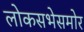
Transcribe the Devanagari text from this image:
लोकसभेसमोर